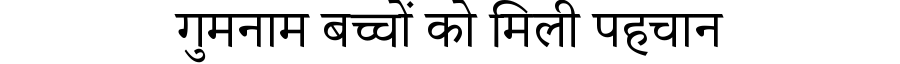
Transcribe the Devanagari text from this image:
गुमनाम बच्चों को मिली पहचान